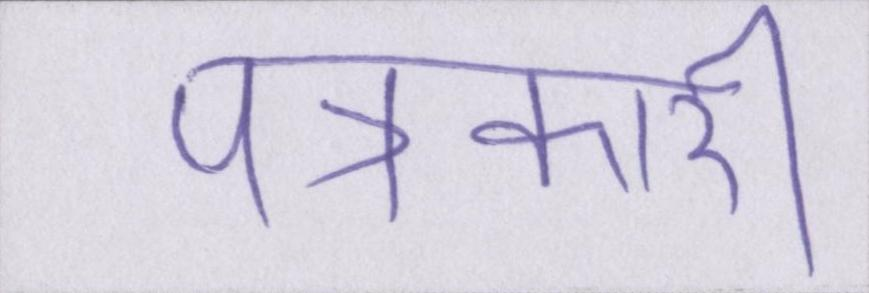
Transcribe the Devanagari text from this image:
पत्रकारी